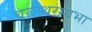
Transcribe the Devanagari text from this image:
चरस्थिरस्वभा